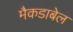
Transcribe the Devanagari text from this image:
मैकडाबेल